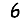
Digit: 6